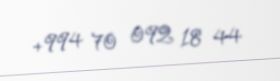
+994 70 092 18 44